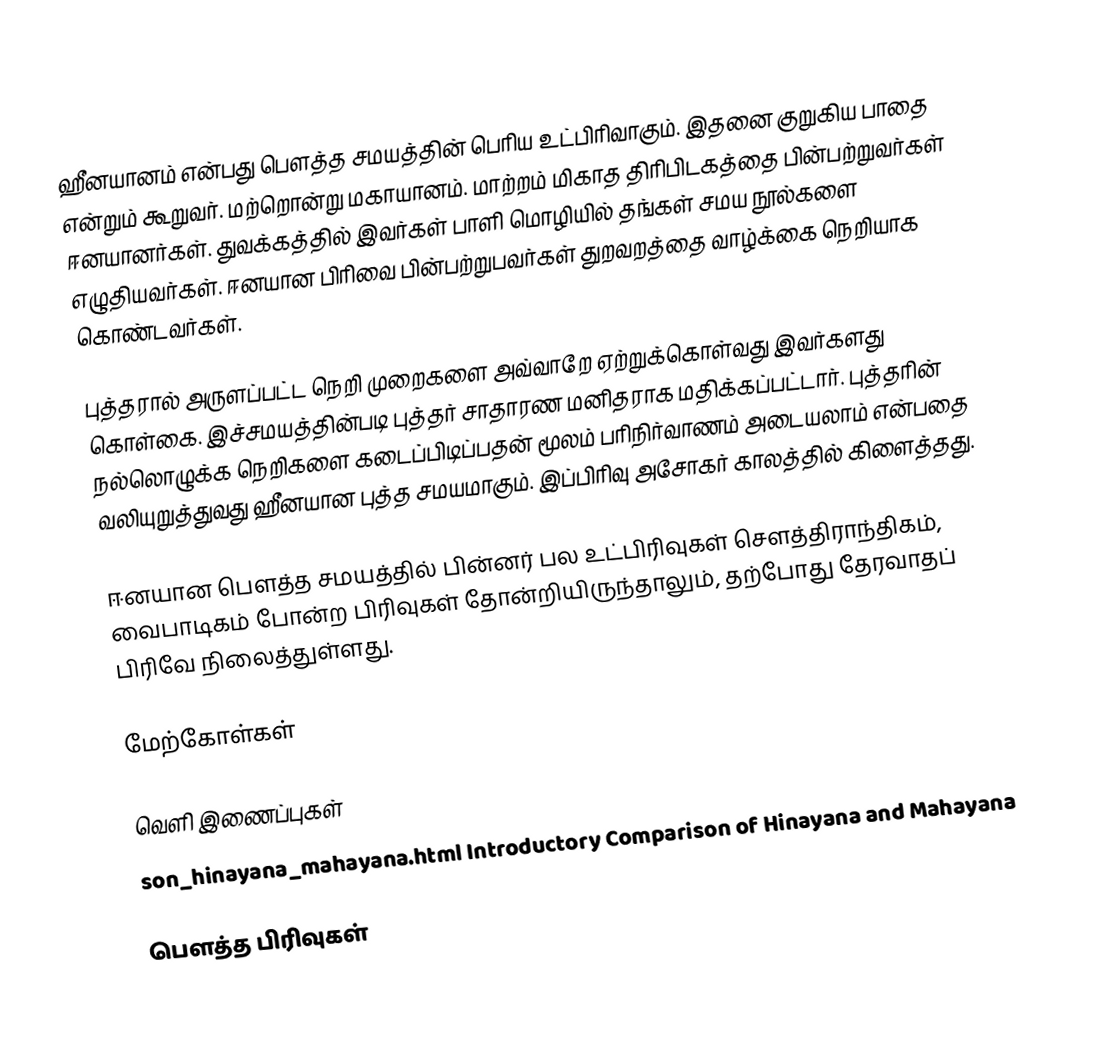
ஹீனயானம் என்பது பௌத்த சமயத்தின் பெரிய உட்பிரிவாகும். இதனை குறுகிய பாதை என்றும் கூறுவர்.   மற்றொன்று மகாயானம். மாற்றம் மிகாத திரிபிடகத்தை பின்பற்றுவர்கள் ஈனயானர்கள். துவக்கத்தில் இவர்கள் பாளி மொழியில் தங்கள் சமய நூல்களை எழுதியவர்கள். ஈனயான பிரிவை பின்பற்றுபவர்கள் துறவறத்தை வாழ்க்கை நெறியாக கொண்டவர்கள்.

புத்தரால் அருளப்பட்ட நெறி முறைகளை அவ்வாறே ஏற்றுக்கொள்வது இவர்களது கொள்கை. இச்சமயத்தின்படி புத்தர் சாதாரண மனிதராக மதிக்கப்பட்டார். புத்தரின் நல்லொழுக்க நெறிகளை கடைப்பிடிப்பதன் மூலம் பரிநிர்வாணம் அடையலாம் என்பதை வலியுறுத்துவது ஹீனயான புத்த சமயமாகும்.  இப்பிரிவு அசோகர் காலத்தில் கிளைத்தது.

ஈனயான பௌத்த சமயத்தில் பின்னர் பல உட்பிரிவுகள் சௌத்திராந்திகம், வைபாடிகம் போன்ற பிரிவுகள் தோன்றியிருந்தாலும், தற்போது தேரவாதப் பிரிவே நிலைத்துள்ளது.

மேற்கோள்கள்

வெளி இணைப்புகள்
 son_hinayana_mahayana.html Introductory Comparison of Hinayana and Mahayana

 பௌத்த பிரிவுகள்